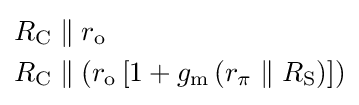
{\begin{aligned}R_{\text{C}}&\parallel r_{\text{o}}\\R_{\text{C}}&\parallel \left(r_{\text{o}}\left[1+g_{\text{m}}\left(r_{\pi }\parallel R_{\text{S}}\right)\right]\right)\end{aligned}}